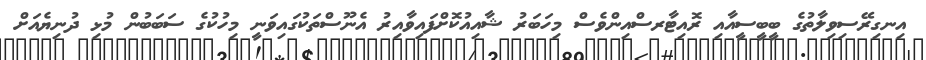
އިނގިރޭސިވިލާތުގެ ބީބީސީއާއި ރޮއިޓާރސްއިންވެސް މިހަބަރު ޝާއިއުކޮށްފައިވާއިރު އެނޫސްތަކުގައިވަނީ މިހުކުގެ ސަބަބުން މުޅި ދުނިޔެއަށް